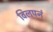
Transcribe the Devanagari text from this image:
विलपनं